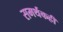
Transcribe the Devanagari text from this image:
समर्थकही